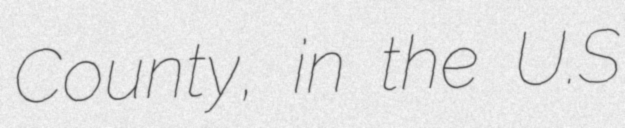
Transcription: County, in the U.S